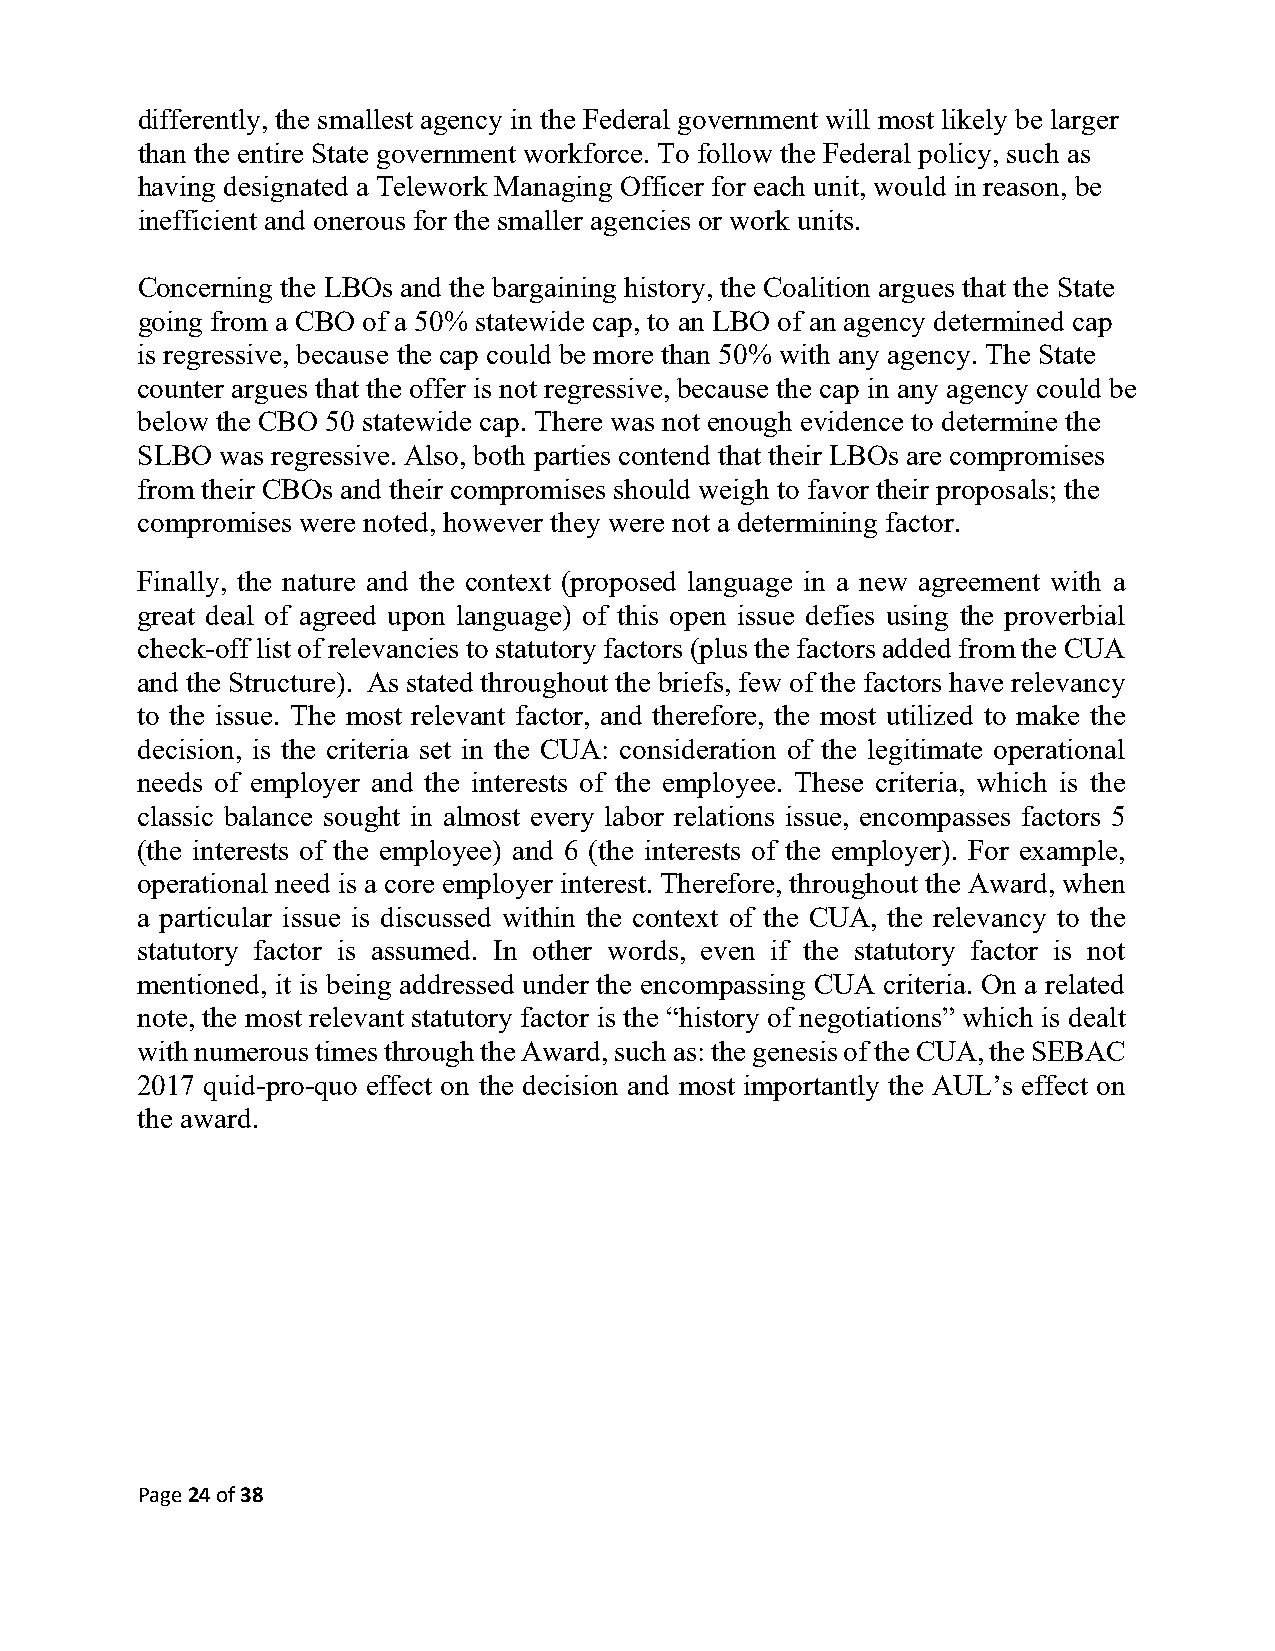
differently, the smallest agency in the Federal government will most likely be larger
 than the entire State government workforce. To follow the Federal policy, such as
 having designated a Telework Managing Officer for each unit, would in reason, be
 inefficient and onerous for the smaller agencies or work units.
 Concerning the LBOs and the bargaining history, the Coalition argues that the State
 going from a CBO of a 50% statewide cap, to an LBO of an agency determined cap
 is regressive, because the cap could be more than 50% with any agency. The State
 counter argues that the offer is not regressive, because the cap in any agency could be
 below the CBO 50 statewide cap. There was not enough evidence to determine the
 SLBO  was regressive. Also, both parties contend that their LBOs are compromises
 from their CBOs and their compromises should weigh to favor their proposals; the
 compromises were noted, however they were not a determining factor.
 Finally, the nature and the context (proposed language in a new agreement with a
 great deal of agreed upon language) of this open issue defies using the proverbial
 check-off list of relevancies to statutory factors (plus the factors added from the CUA
 and the Structure). As stated throughout the briefs, few of the factors have relevancy
 to the issue. The most relevant factor, and therefore, the most utilized to make the
 decision, is the criteria set in the CUA: consideration of the legitimate operational
 needs of employer and the interests of the employee. These criteria, which is the
 classic balance sought in almost every labor relations issue, encompasses factors 5
 (the interests of the employee) and 6 (the interests of the employer). For example,
 operational need is a core employer interest. Therefore, throughout the Award, when
 a particular issue is discussed within the context of the CUA, the relevancy to the
 statutory factor is assumed. In other words, even if the statutory factor is not
 mentioned, it is being addressed under the encompassing CUA criteria. On a related
 note, the most relevant statutory factor is the “history of negotiations” which is dealt
 with numerous times through the Award, such as: the genesis of the CUA, the SEBAC
 2017 quid-pro-quo effect on the decision and most importantly the AUL’s effect on
 the award.
 Page 24 of 38